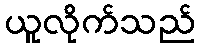
ယူလိုက်သည်